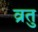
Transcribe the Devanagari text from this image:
व्रतु